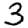
Digit: 3